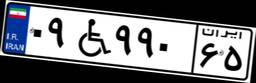
۶۴W۸۱۲۴۱